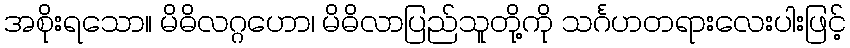
အစိုးရသော။ မိဓိလဂ္ဂဟော၊ မိဓိလာပြည်သူတို့ကို သင်္ဂဟတရားလေးပါးဖြင့်